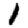
Digit: 1